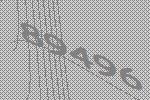
89496